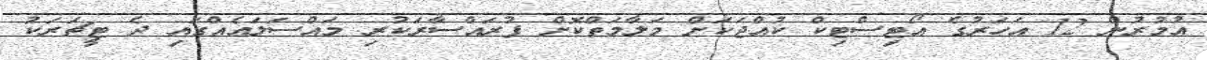
އުމުރުން 12 އަހަރުގެ އޯޓިސްޓިކް ކުއްޖަކަށް މަލާމަތްކޮށް ފުރައްސާރަކުރި މައްސަލައެއްގައި ދެ ޓީޗަރަކު